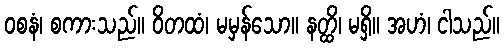
ဝစနံ၊ စကားသည်။ ဝိတထံ၊ မမှန်သော။ နတ္ထိ၊ မရှိ။ အဟံ၊ ငါသည်။